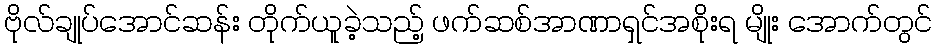
ဗိုလ်ချုပ်အောင်ဆန်း တိုက်ယူခဲ့သည့် ဖက်ဆစ်အာဏာရှင်အစိုးရ မျိုး အောက်တွင်